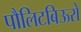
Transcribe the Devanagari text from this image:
पौलिटबिऊरो